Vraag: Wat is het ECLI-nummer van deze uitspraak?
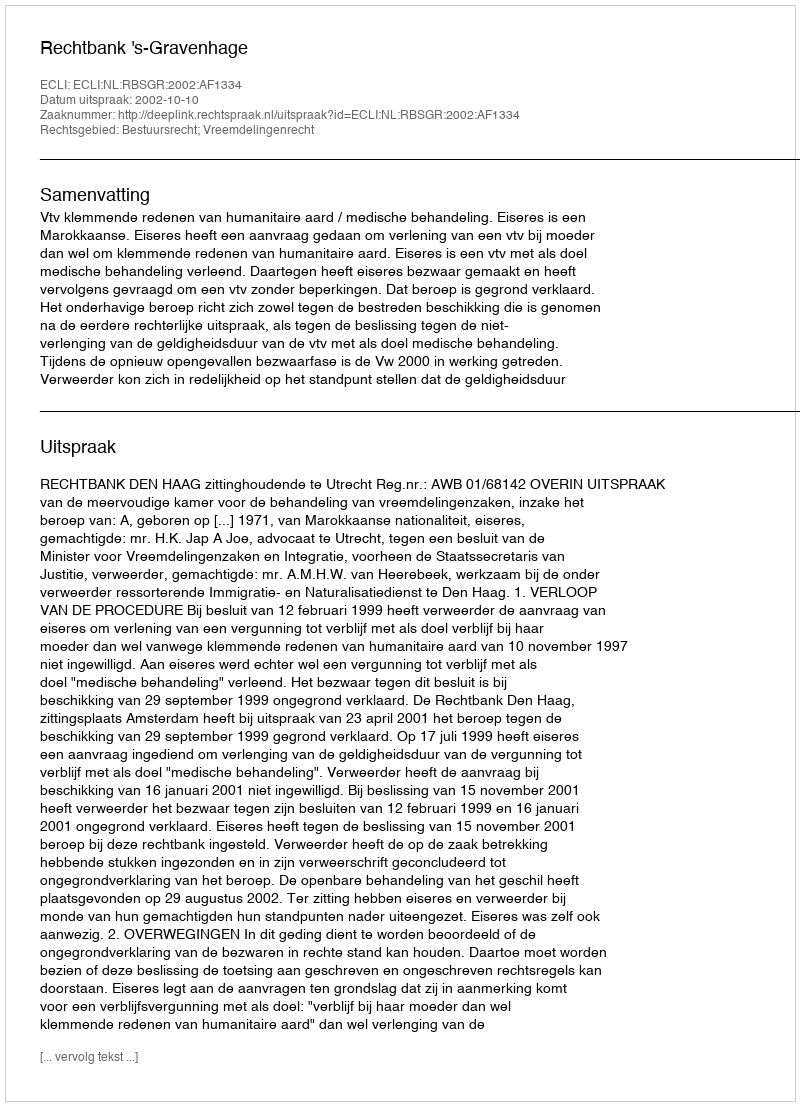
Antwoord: ECLI:NL:RBSGR:2002:AF1334